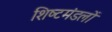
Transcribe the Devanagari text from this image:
शिष्‍टमंडलों